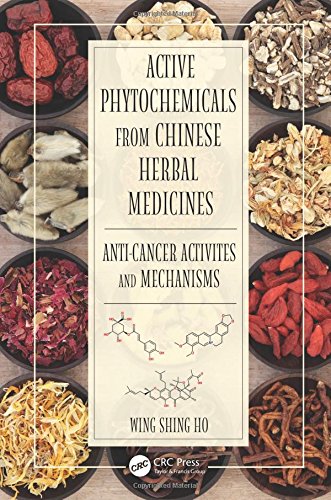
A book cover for Active Phytochemicals from Chinese Herbal Medicines: Anti-Cancer Activities and Mechanisms; Wing Shing Ho; Health, Fitness & Dieting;